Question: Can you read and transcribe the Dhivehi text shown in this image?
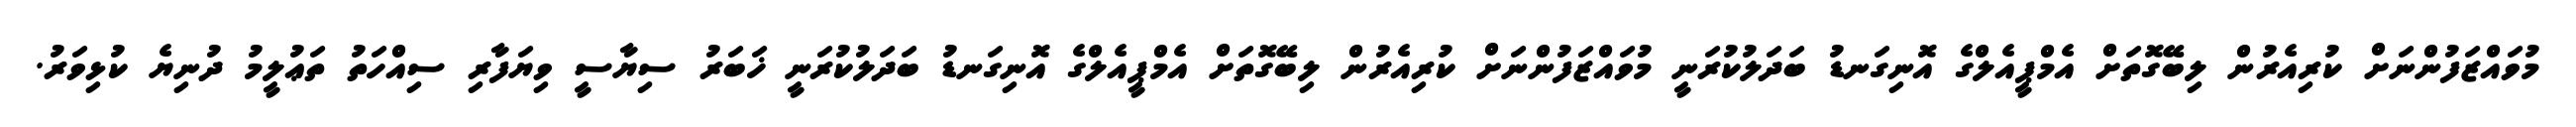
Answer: މުވައްޒަފުންނަށް ކުރިއެރުން ލިބޭގޮތަށް އެމްޕީއެލްގެ އޮނިގަނޑު ބަދަލުކުރަނީ މުވައްޒަފުންނަށް ކުރިއެރުން ލިބޭގޮތަށް އެމްޕީއެލްގެ އޮނިގަނޑު ބަދަލުކުރަނީ ޚަބަރު ސިޔާސީ ވިޔަފާރި ސިއްހަތު ތަޢުލީމު ދުނިޔެ ކުޅިވަރު.